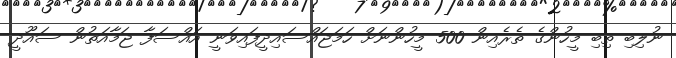
ނުލިބި ތިބި މީހުންގެ ތެރެއިން 500 މީހުންނަށް ހަމަޖައްސައިދީފައިވަނީ އައްސަފާ ޖަމާއަތުން ސައޫދީ